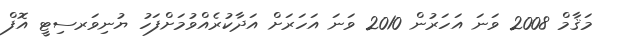
މަޤާމް 2008 ވަނަ އަހަރުން 2010 ވަނަ އަހަރަށް އަދާކުރެއްވުމަށްފަހު ޔުނިވަރސިޓީ އޮފް